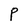
Character: P